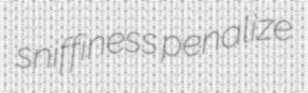
sniffiness penalize